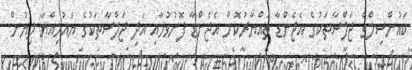
ކައުންސިލްގެ ޖަލްސާތަކުގެ އެޖެންޑާ ތައްޔާރުކޮށް އެޖެންޑާ ފޮނުވުމާއި އަދި ޖަލްސާތަކުގެ ޔައުމިއްޔާ ލިޔުން.